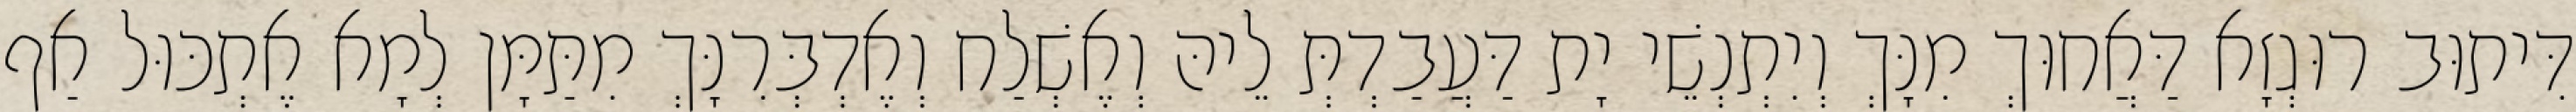
דִּיתוּב רוּגְזָא דַּאֲחוּךְ מִנָּךְ וְיִתְנְשֵׁי יָת דַּעֲבַדְתְּ לֵיהּ וְאֶשְׁלַח וְאֶדְבְּרִנָּךְ מִתַּמָּן לְמָא אֶתְכּוּל אַף